Civil Veterinary Dept. North-West Frontier Province 1901-22 - 1901-1922
Year: 1901
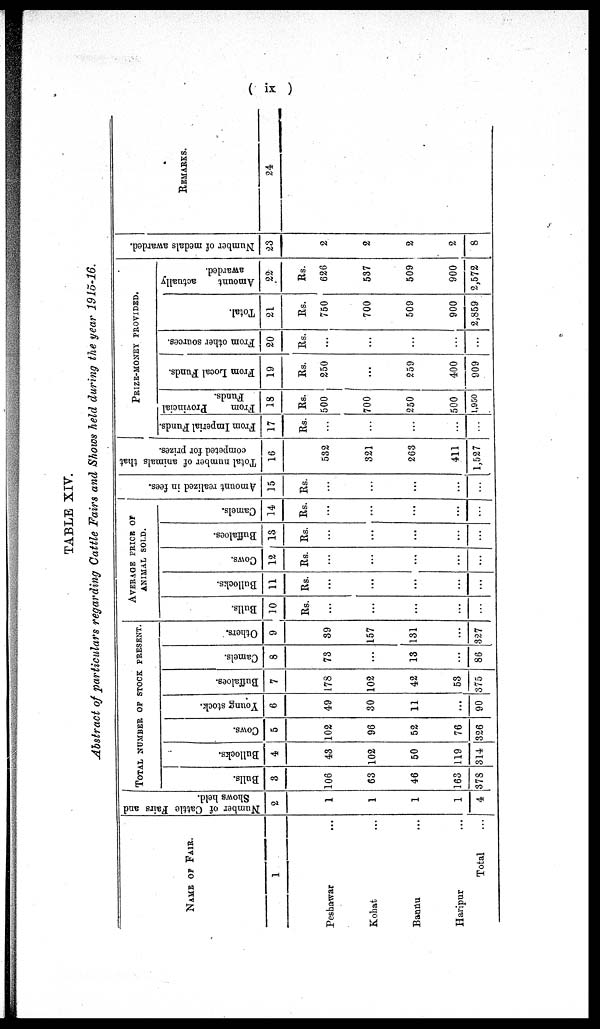
(ix)
TABLE XIV.
Abstract of particulars regarding Cattle Fairs and Shows held during the year 1915-16.
NAME OF FAIR.
1
Peshawar ...
Kohat ...
Bannu ...
Haripur
...
Total ...
Number of Cattle Fairs and
Shows held.
2
1
1
1
1
4
TOTAL NUMBER OF STOCK PRESENT.
Bulls.
3
106
63
46
163
378
Bullocks.
4
43
102
50
119
314
Cows.
5
102
96
52
76
326
Young stock.
6
49
30
11
...
90
Buffaloes.
7
178
102
42
53
375
Camels.
8
73
...
13
...
86
Others.
9
39
157
131
...
327
AVERAGE PRICE or
ANIMAL SOLD.
Bulls.
10
Rs.
...
...
...
...
...
Bullocks.
11
Rs.
...
...
...
...
...
Cows.
12
Rs.
...
...
...
...
...
Buffaloes.
13
Rs.
...
...
...
...
...
Camels.
14
Rs.
...
...
...
...
...
Amount realized in fees.
15
Rs.
...
...
...
...
...
Total number of animals that
competed for prizes.
16
532
321
263
411
1,527
PRIZE-MONEY PROVIDED.
From Imperial Funds.
17
Rs.
...
...
...
...
...
From
Provincial
Funds.
18
Rs.
500
700
250
500
1,950
From Local Funds.
19
Rs.
250
...
259
400
909
From other sources.
20
Rs.
...
...
...
...
...
Total.
21
Rs.
750
700
509
900
2,859
Amount
actually
awarded.
22
Rs.
626
537
509
900
2,572
Number of medals awarded.
23
2
2
2
2
8
REMARKS.
24